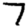
Digit: 7